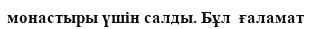
монастыры үшін салды. Бұл  ғаламат